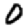
Digit: 0